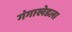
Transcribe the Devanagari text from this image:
गंगाखेडला